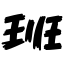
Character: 班